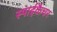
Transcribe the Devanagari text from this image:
स्पाईकैचर